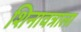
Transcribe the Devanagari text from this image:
शिनावत्राला